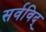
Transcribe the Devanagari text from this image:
सर्वविद्